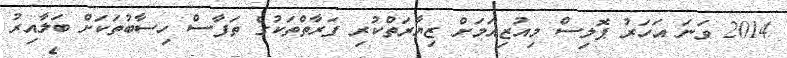
2014 ވަނަ އަހަރު ޕޮލިސް މިއުޒިއަމަށް ޒިޔާރަތްކުރި ފަރާތްތަކުގެ ތަފާސް ހިސާބުތަކަށް ބަލާއިރު